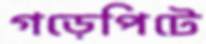
গড়েপিটে